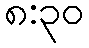
၈:၃၀